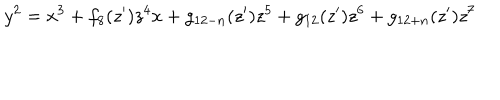
y ^ { 2 } = x ^ { 3 } + f _ { 8 } ( z ^ { \prime } ) z ^ { 4 } x + g _ { 1 2 - n } ( z ^ { \prime } ) z ^ { 5 } + g _ { 1 2 } ( z ^ { \prime } ) z ^ { 6 } + g _ { 1 2 + n } ( z ^ { \prime } ) z ^ { 7 }